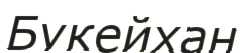
Букейхан